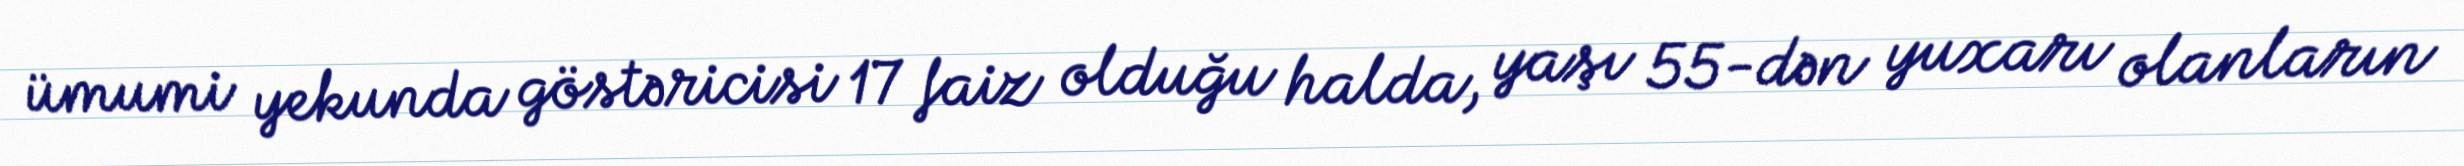
ümumi yekunda göstəricisi 17 faiz olduğu halda, yaşı 55-dən yuxarı olanların